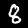
Label: 8